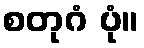
စတုဂံ ပုံ။